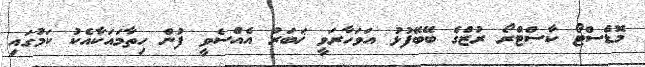
މޮޑެސްޓޯ ކާސްޓްރޯ ރުޒްގެ ބޭބޭފުޅު އަވަހާރަވީ ޚަބަރު އެއްސެވީ ފުން ހިތާމައަކާއެކު ކަމުގައި